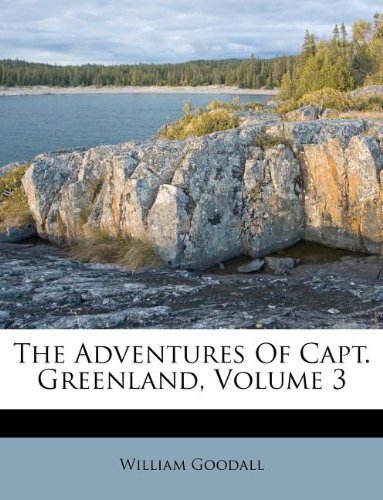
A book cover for The Adventures Of Capt. Greenland, Volume 3; William Goodall; History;